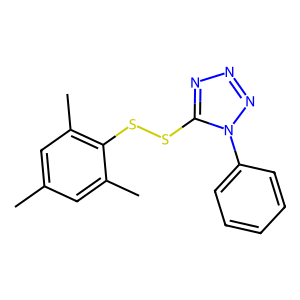
SMILES: Cc1cc(C)c(SSc2nnnn2-c2ccccc2)c(C)c1
Inhibits HIV replication: No